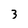
Character: 3